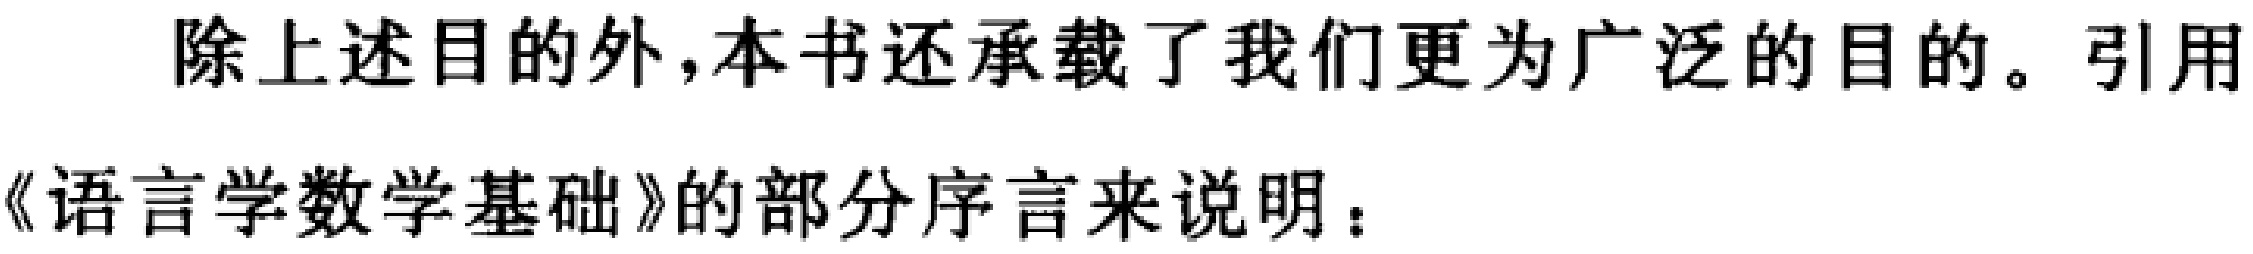
除上述目的外，本书还承载了我们更为广泛的目的。引用《语言学数学基础》的部分序言来说明：